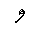
Letter: _waw